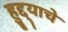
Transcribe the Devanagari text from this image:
हुद्द्याचे